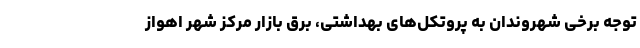
توجه برخی شهروندان به پروتکل‌های بهداشتی، برق بازار مرکز شهر اهواز